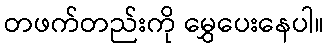
တဖက်တည်းကို မွှေပေးနေပါ။